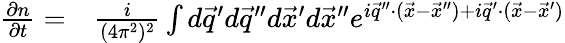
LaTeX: \begin{array}{rl}{\frac{\partial n}{\partial t}=}&{{}\frac{i}{(4\pi^{2})^{2}}\int d\vec{q}^{\prime}d\vec{q}^{\prime\prime}d\vec{x}^{\prime}d\vec{x}^{\prime\prime}e^{i\vec{q}^{\prime\prime}\cdot(\vec{x}-\vec{x}^{\prime\prime})+i\vec{q}^{\prime}\cdot(\vec{x}-\vec{x}^{\prime})}}\end{array}